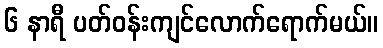
၆ နာရီ ပတ်ဝန်းကျင်လောက်ရောက်မယ်။